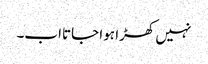
نہیں کھڑا ہوا جاتااب۔